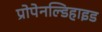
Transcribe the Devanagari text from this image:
प्रोपेनल्डिहाइड